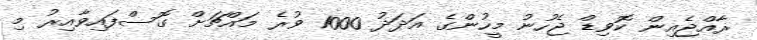
ރާއްޖެއިން ކޮވިޑް ޖެހުނު މީހުންގެ އަދަދު 1000 ވުރެ މައްޗަށް ގޮސްފައިވާއިރު މި